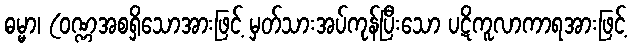
ဓမ္မာ၊ (ဝဏ္ဏအစရှိသောအားဖြင့် မှတ်သားအပ်ကုန်ပြီးသော ပဋိကူလာကာရအားဖြင့်